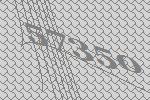
57350